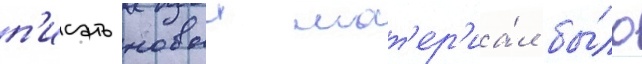
п'исать новыи мат'ер'иа́л бы́ло